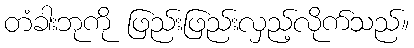
တံခါးဘုကို ဖြည်းဖြည်းလှည့်လိုက်သည်။